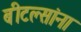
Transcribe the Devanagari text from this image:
बीटल्सांना